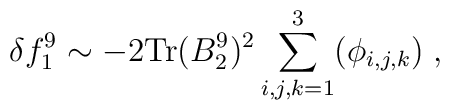
\delta f_1^9 \sim -2 \mbox{Tr} (B_{2}^{9})^2 \sum_{i,j,k=1}^{3}(\phi_{i,j,k})\;,